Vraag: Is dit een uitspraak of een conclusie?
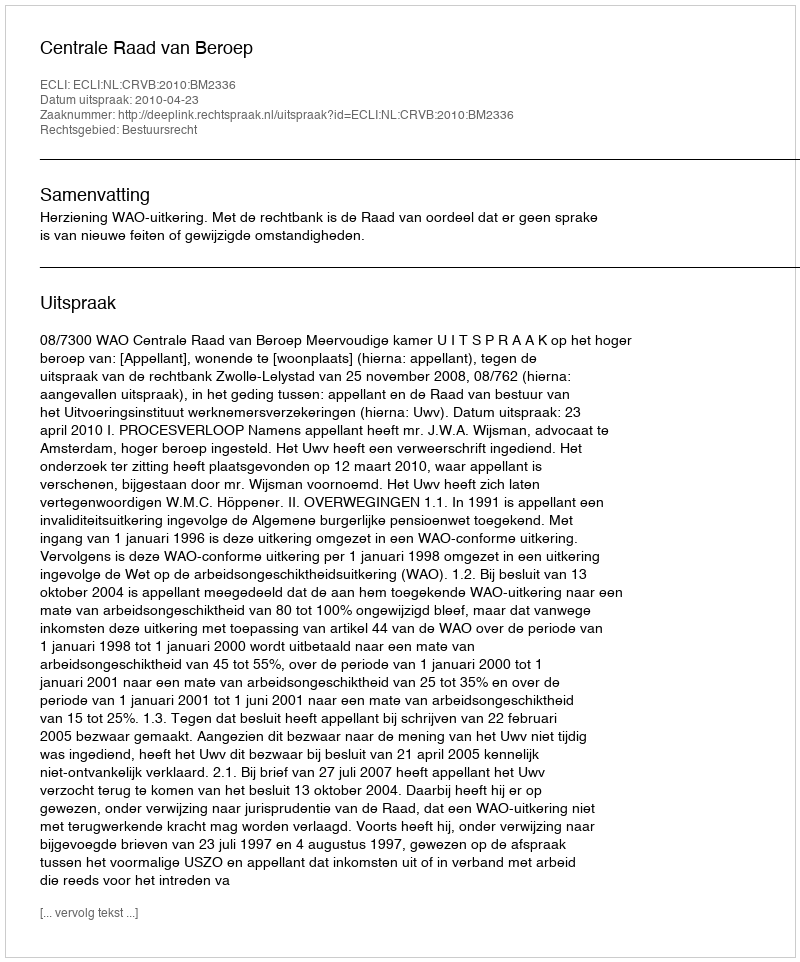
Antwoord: Uitspraak